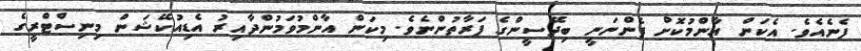
ފެނެއެވެ. އެކަން އާންމުކޮށް ފެންނަނީ ބިދޭސީންގެ ފަރާތުންނެވެ. މިކަން އާންމުވަމުންދާއިރު އެޑިއުކޭޝަން މިނިސްޓްރީގެ